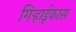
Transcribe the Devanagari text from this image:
गिऱ्हाईकास